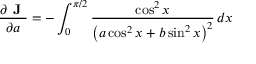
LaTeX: { \frac { \partial { \textbf { J } } } { \partial a } } = - \int _ { 0 } ^ { \pi / 2 } { \frac { \cos ^ { 2 } x } { \left( a \cos ^ { 2 } x + b \sin ^ { 2 } x \right) ^ { 2 } } } \, d x